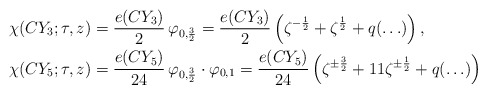
\begin{align*}\begin{aligned}\chi(CY_3; \tau, z)&=\frac {e(CY_3)}2\,\varphi_{0,\frac32}=\frac {e(CY_3)}2\left(\zeta^{-\frac{1}2}+\zeta^{\frac{1}2}+q(\ldots)\right),\\\chi(CY_5; \tau, z)&=\frac{e(CY_5)}{24}\,\varphi_{0,\frac32}\cdot \varphi_{0,1}=\frac {e(CY_5)}{24}\left(\zeta^{\pm \frac 32}+11\zeta^{\pm \frac 12}+q(\ldots)\right)\end{aligned}\end{align*}